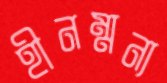
হীনম্মন্য